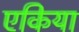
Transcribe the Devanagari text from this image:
एकिया